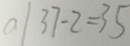
a / 3 7 - 2 = 3 5